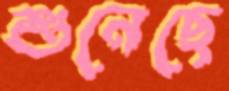
শুনেছে